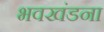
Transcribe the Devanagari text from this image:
भवखंडना